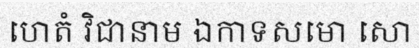
ហេតំ វិជានាម ឯកាទសមោ សោ